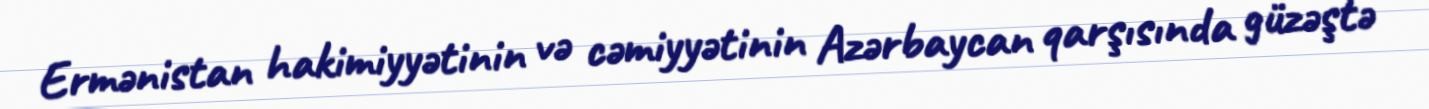
Ermənistan hakimiyyətinin və cəmiyyətinin Azərbaycan qarşısında güzəştə